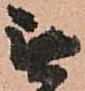
無